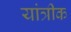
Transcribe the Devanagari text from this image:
यांत्रीक